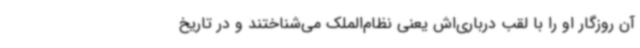
آن روزگار او را با لقب درباری‌اش یعنی نظام‌الملک می‌شناختند و در تاریخ